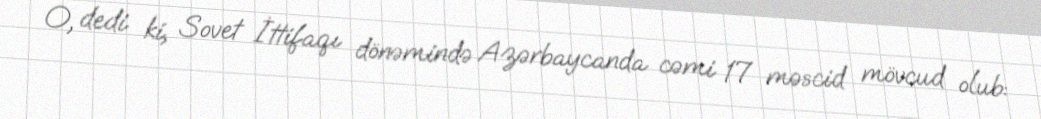
O, dedi ki, Sovet İttifaqı dönəmində Azərbaycanda cəmi 17 məscid mövcud olub: